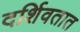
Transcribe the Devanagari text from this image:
दर्शिवतात